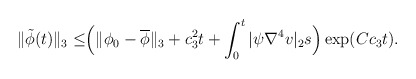
\begin{align*}\|\tilde{\phi}(t)\|_3\leq& \Big(\|\phi_0-\overline{\phi}\|_{3}+c^2_3t+\int_0^t |\psi \nabla^4 v|_2s\Big) \exp (Cc_3t).\end{align*}